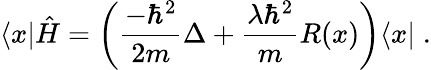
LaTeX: \langle x|\hat{H}=\left(\frac{-\hbar^{2}}{2m}\Delta+\frac{\lambda\hbar^{2}}{m}R(x)\right)\langle x|\; .